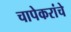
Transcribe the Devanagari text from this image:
चापेकरांचे